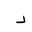
Letter: _dal